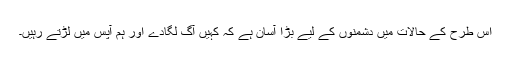
اس طرح کے حالات میں دشمنوں کے لیے بڑا آسان ہے کہ کہیں آگ لگادے اور ہم آپس میں لڑتے رہیں۔